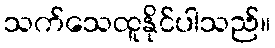
သက်သေထူနိုင်ပါသည်။